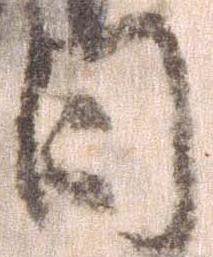
日